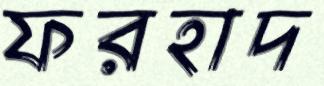
ফরহাদ